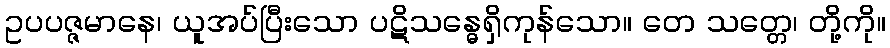
ဥပပဇ္ဇမာနေ၊ ယူအပ်ပြီးသော ပဋိသန္ဓေရှိကုန်သော။ တေ သတ္တေ၊ တို့ကို။